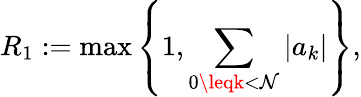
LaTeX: R_{1}:=\operatorname*{max}\left\{ 1,\sum_{0\leqk<\mathcal{N}}|a_{k}|\right\} ,